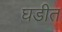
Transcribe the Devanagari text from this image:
घडीत